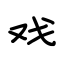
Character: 戏